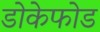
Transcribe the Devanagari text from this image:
डोकेफोड